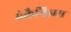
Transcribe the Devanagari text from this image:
मेकैनिज़्म्स